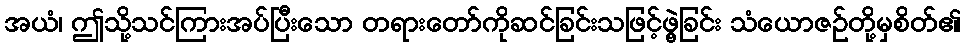
အယံ၊ ဤသို့သင်ကြားအပ်ပြီးသော တရားတော်ကိုဆင်ခြင်းသဖြင့်ဖွဲ့ခြင်း သံယောဇဉ်တို့မှစိတ်၏